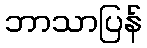
ဘာသာပြန်